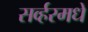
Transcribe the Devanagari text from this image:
सर्व्हरमधे